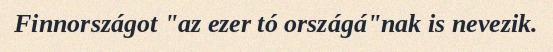
Finnországot "az ezer tó országá"nak is nevezik.